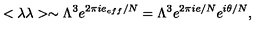
< \lambda \lambda > \sim \Lambda ^ { 3 } e ^ { 2 \pi i e _ { e f f } / N } = \Lambda ^ { 3 } e ^ { 2 \pi i e / N } e ^ { i \theta / N } ,